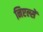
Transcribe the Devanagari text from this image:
निएल्सें